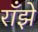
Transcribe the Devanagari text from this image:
राँझे